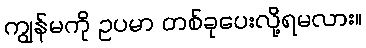
ကျွန်မကို ဥပမာ တစ်ခုပေးလို့ရမလား။